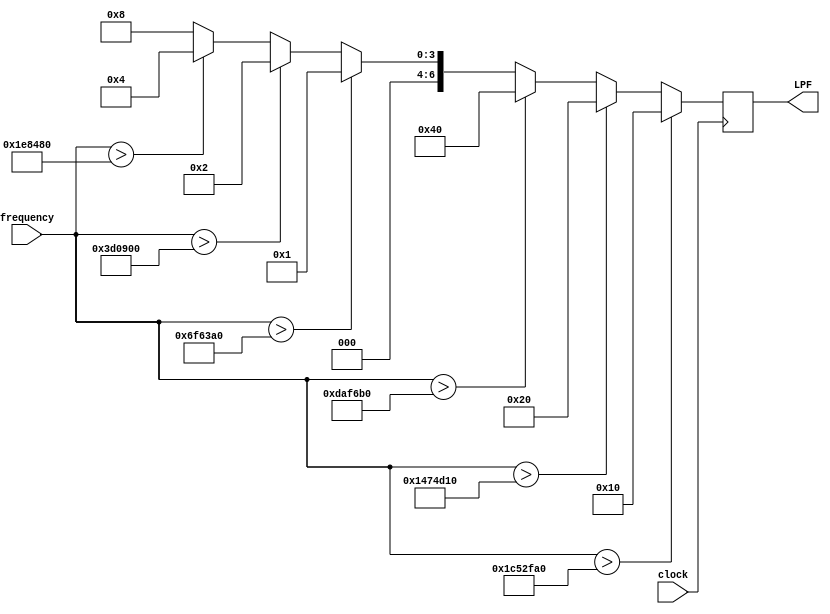
// V1.0 25th October 2007
//
// Copyright 2006,2007 Phil Harman VK6APH
//
//  HPSDR - High Performance Software Defined Radio
//
//  Alex LPF selection.
//
//
//  This program is free software; you can redistribute it and/or modify
//  it under the terms of the GNU General Public License as published by
//  the Free Software Foundation; either version 2 of the License, or
//  (at your option) any later version.
//
//  This program is distributed in the hope that it will be useful,
//  but WITHOUT ANY WARRANTY; without even the implied warranty of
//  MERCHANTABILITY or FITNESS FOR A PARTICULAR PURPOSE.  See the
//  GNU General Public License for more details.
//
//  You should have received a copy of the GNU General Public License
//  along with this program; if not, write to the Free Software
//  Foundation, Inc., 59 Temple Place, Suite 330, Boston, MA  02111-1307  USA


//////////////////////////////////////////////////////////////
//
//		Alex Band Decoder & LPF selection
//
//////////////////////////////////////////////////////////////
/*
	
	Each band is  decoded and the appropriate LPF selected as follows
	
	160m 	  	LPF = 7'b0001000
	 80m	  	LPF = 7'b0000100
	60/40m  	LPF = 7'b0000010
	30/20m  	LPF = 7'b0000001
    17/15m  	LPF = 7'b1000000
	12/10m  	LPF = 7'b0100000
	 6m	  		LPF = 7'b0010000
*/

module LPF_select(clock, frequency, LPF);
input  wire        clock;
input  wire [31:0] frequency;	
output reg   [6:0] LPF;

// Select highest LPF dependant on frequency in use, frequency is in Hz
		
always @(posedge clock)  
begin 
	if  	(frequency > 29700000) LPF <= 7'b0010000;	// > 10m so use 6m LPF
	else if (frequency > 21450000) LPF <= 7'b0100000;  	// > 15m so use 12/10m LPF
	else if (frequency > 14350000) LPF <= 7'b1000000;  	// > 20m so use 17/15m LPF
	else if (frequency > 7300000)  LPF <= 7'b0000001;  	// > 40m so use 30/20m LPF  
	else if (frequency > 4000000)  LPF <= 7'b0000010;  	// > 80m so use 60/40m LPF
	else if (frequency > 2000000)  LPF <= 7'b0000100;  	// > 160m so use 80m LPF  
	else 						   LPF <= 7'b0001000; 	// < 2MHz so use 160m LPF
end 

endmodule